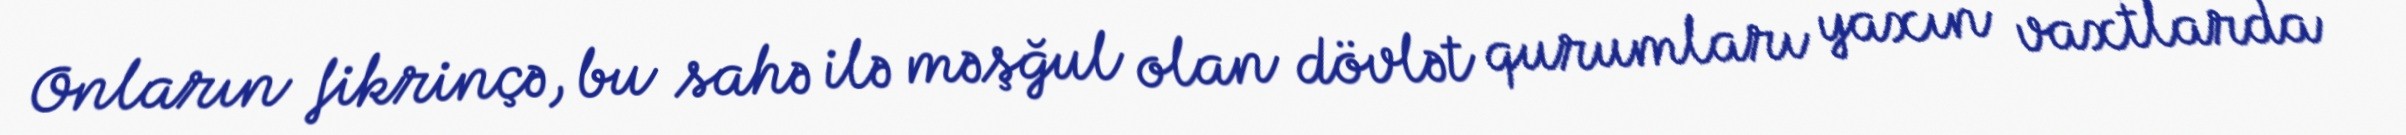
Onların fikrinçə, bu sahə ilə məşğul olan dövlət qurumları yaxın vaxtlarda